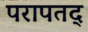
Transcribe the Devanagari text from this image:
परापतद्